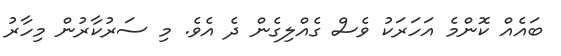
ބައެއް ކޮންމެ އަހަރަކު ވެސް ގެއްލިގެން ދެ އެވެ. މި ސަރުކާރުން މިހާރު